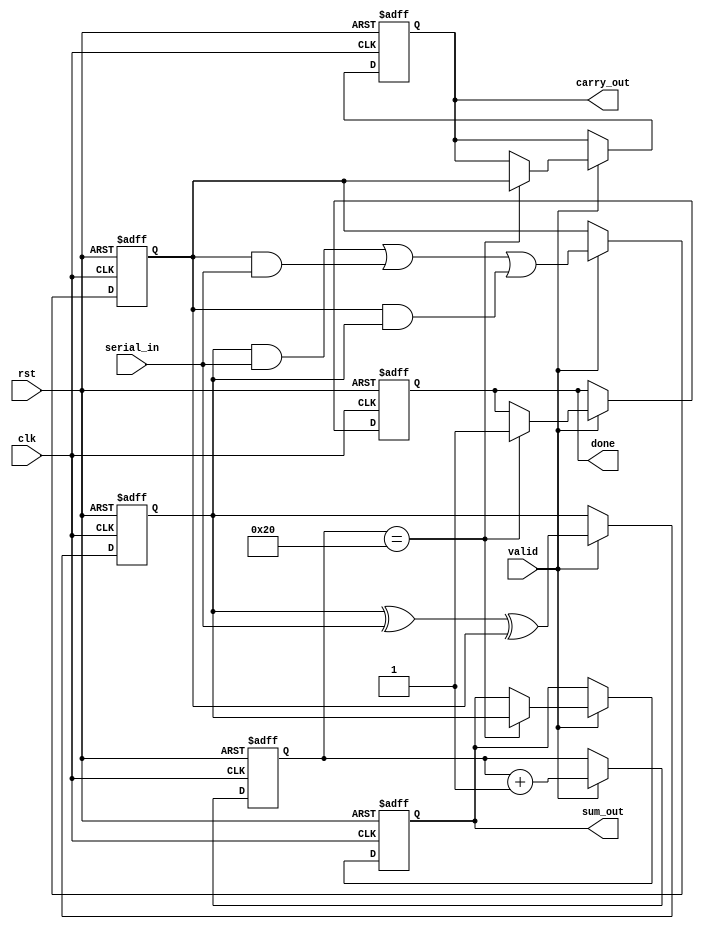
module CarrySaveAdder (
    input wire clk,              // Clock signal
    input wire rst,              // Reset signal
    input wire serial_in,        // Serial input bit
    input wire valid,            // Signal to indicate valid input
    output reg [31:0] sum_out,   // Output sum
    output reg [31:0] carry_out, // Output carry
    output reg done              // Indicates when processing is complete
);

    reg [31:0] partial_sum; // Accumulator for sum
    reg [31:0] partial_carry; // Accumulator for carry
    reg [5:0] bit_counter; // Counter for bits processed

    // Initialize registers
    always @(posedge clk or posedge rst) begin
        if (rst) begin
            partial_sum <= 32'b0;
            partial_carry <= 32'b0;
            bit_counter <= 6'b0;
            sum_out <= 32'b0;
            carry_out <= 32'b0;
            done <= 1'b0;
        end else if (valid) begin
            // Calculate new partial sum and carry
            {partial_carry, partial_sum} <= {
                (partial_sum & serial_in) | (partial_carry & serial_in) | (partial_carry & partial_sum),
                (partial_sum ^ serial_in) ^ partial_carry
            };

            // Increment bit counter
            bit_counter <= bit_counter + 1;

            // Check if enough bits have been processed
            if (bit_counter == 6'd32) begin
                sum_out <= partial_sum;
                carry_out <= partial_carry;
                done <= 1'b1;
            end
        end
    end

endmodule